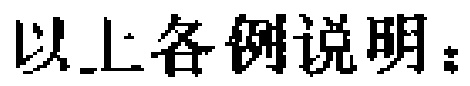
以上各例说明：